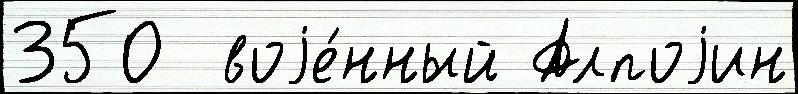
350  воjе́нный Алпоjин